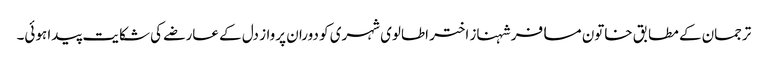
ترجمان کے مطابق خاتون مسافر شہناز اختر اطالوی شہری کو دوران پرواز دل کے عارضے کی شکایت پیدا ہوئی۔